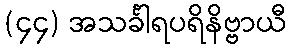
(၄၄) အသင်္ခါရပရိနိဗ္ဗာယီ